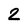
Character: 2